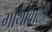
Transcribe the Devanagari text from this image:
गाथावाली